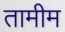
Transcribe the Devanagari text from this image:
तामीम